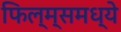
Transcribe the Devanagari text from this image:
फिल्म्समध्ये